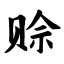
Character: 赊